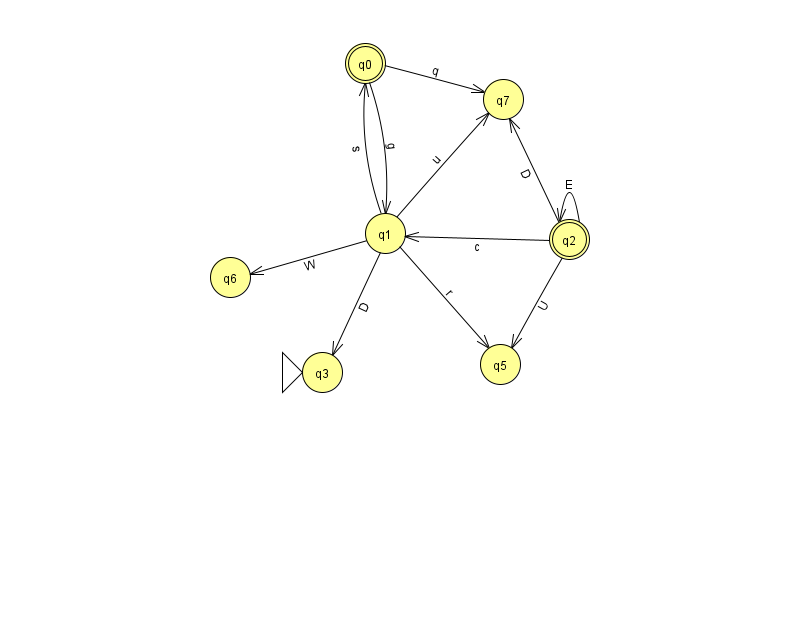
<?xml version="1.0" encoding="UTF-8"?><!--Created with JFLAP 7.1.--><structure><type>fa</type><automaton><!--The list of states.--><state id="0" name="q0"><x>365.0</x><y>50.0</y><final/></state><state id="1" name="q1"><x>385.0</x><y>220.0</y></state><state id="2" name="q2"><x>569.0</x><y>226.0</y><final/></state><state id="3" name="q3"><x>322.0</x><y>359.0</y><initial/></state><state id="5" name="q5"><x>500.0</x><y>351.0</y></state><state id="6" name="q6"><x>230.0</x><y>264.0</y></state><state id="7" name="q7"><x>503.0</x><y>86.0</y></state><!--The list of transitions.--><transition><from>0</from><to>1</to><read>g</read></transition><transition><from>2</from><to>1</to><read>c</read></transition><transition><from>2</from><to>5</to><read>U</read></transition><transition><from>1</from><to>3</to><read>D</read></transition><transition><from>0</from><to>7</to><read>q</read></transition><transition><from>1</from><to>0</to><read>s</read></transition><transition><from>2</from><to>2</to><read>E</read></transition><transition><from>2</from><to>7</to><read>D</read></transition><transition><from>1</from><to>7</to><read>u</read></transition><transition><from>1</from><to>5</to><read>r</read></transition><transition><from>1</from><to>6</to><read>W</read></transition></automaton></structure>